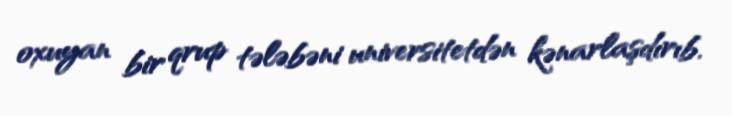
oxuyan bir qrup tələbəni universitetdən kənarlaşdırıb.